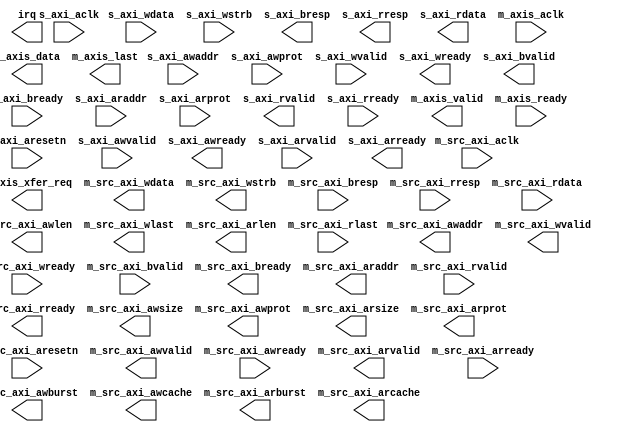
module ad9144_dma (
		input  wire         s_axi_aclk,        //        s_axi_clock.clk
		input  wire         s_axi_aresetn,     //        s_axi_reset.reset_n
		input  wire         s_axi_awvalid,     //              s_axi.awvalid
		input  wire [11:0]  s_axi_awaddr,      //                   .awaddr
		input  wire [2:0]   s_axi_awprot,      //                   .awprot
		output wire         s_axi_awready,     //                   .awready
		input  wire         s_axi_wvalid,      //                   .wvalid
		input  wire [31:0]  s_axi_wdata,       //                   .wdata
		input  wire [3:0]   s_axi_wstrb,       //                   .wstrb
		output wire         s_axi_wready,      //                   .wready
		output wire         s_axi_bvalid,      //                   .bvalid
		output wire [1:0]   s_axi_bresp,       //                   .bresp
		input  wire         s_axi_bready,      //                   .bready
		input  wire         s_axi_arvalid,     //                   .arvalid
		input  wire [11:0]  s_axi_araddr,      //                   .araddr
		input  wire [2:0]   s_axi_arprot,      //                   .arprot
		output wire         s_axi_arready,     //                   .arready
		output wire         s_axi_rvalid,      //                   .rvalid
		output wire [1:0]   s_axi_rresp,       //                   .rresp
		output wire [31:0]  s_axi_rdata,       //                   .rdata
		input  wire         s_axi_rready,      //                   .rready
		output wire         irq,               //   interrupt_sender.irq
		input  wire         m_src_axi_aclk,    //    m_src_axi_clock.clk
		input  wire         m_src_axi_aresetn, //    m_src_axi_reset.reset_n
		input  wire         m_axis_aclk,       //     if_m_axis_aclk.clk
		output wire         m_axis_valid,      //    if_m_axis_valid.valid
		output wire [127:0] m_axis_data,       //     if_m_axis_data.data
		input  wire         m_axis_ready,      //    if_m_axis_ready.ready
		output wire         m_axis_last,       //     if_m_axis_last.last
		output wire         m_axis_xfer_req,   // if_m_axis_xfer_req.xfer_req
		output wire         m_src_axi_awvalid, //          m_src_axi.awvalid
		output wire [31:0]  m_src_axi_awaddr,  //                   .awaddr
		input  wire         m_src_axi_awready, //                   .awready
		output wire         m_src_axi_wvalid,  //                   .wvalid
		output wire [127:0] m_src_axi_wdata,   //                   .wdata
		output wire [15:0]  m_src_axi_wstrb,   //                   .wstrb
		input  wire         m_src_axi_wready,  //                   .wready
		input  wire         m_src_axi_bvalid,  //                   .bvalid
		input  wire [1:0]   m_src_axi_bresp,   //                   .bresp
		output wire         m_src_axi_bready,  //                   .bready
		output wire         m_src_axi_arvalid, //                   .arvalid
		output wire [31:0]  m_src_axi_araddr,  //                   .araddr
		input  wire         m_src_axi_arready, //                   .arready
		input  wire         m_src_axi_rvalid,  //                   .rvalid
		input  wire [1:0]   m_src_axi_rresp,   //                   .rresp
		input  wire [127:0] m_src_axi_rdata,   //                   .rdata
		output wire         m_src_axi_rready,  //                   .rready
		output wire [7:0]   m_src_axi_awlen,   //                   .awlen
		output wire [2:0]   m_src_axi_awsize,  //                   .awsize
		output wire [1:0]   m_src_axi_awburst, //                   .awburst
		output wire [3:0]   m_src_axi_awcache, //                   .awcache
		output wire [2:0]   m_src_axi_awprot,  //                   .awprot
		output wire         m_src_axi_wlast,   //                   .wlast
		output wire [7:0]   m_src_axi_arlen,   //                   .arlen
		output wire [2:0]   m_src_axi_arsize,  //                   .arsize
		output wire [1:0]   m_src_axi_arburst, //                   .arburst
		output wire [3:0]   m_src_axi_arcache, //                   .arcache
		output wire [2:0]   m_src_axi_arprot,  //                   .arprot
		input  wire         m_src_axi_rlast    //                   .rlast
	);
endmodule